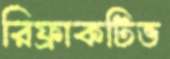
রিফ্রাকটিভ